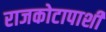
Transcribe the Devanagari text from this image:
राजकोटापाशी